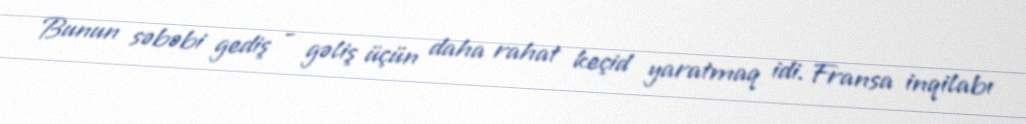
Bunun səbəbi gediş - gəliş üçün daha rahat keçid yaratmaq idi. Fransa inqilabı